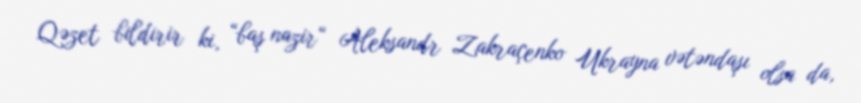
Qəzet bildirir ki, “baş nazir“ Aleksandr Zakraçenko Ukrayna vətəndaşı olsa da,